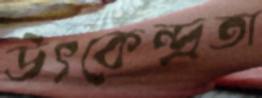
উৎকেন্দ্রতা